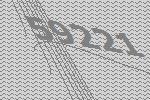
59221